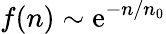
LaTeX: f(n)\sim\mathrm{e}^{-n/n_{0}}